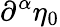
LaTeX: \partial^{\alpha}\eta_{0}